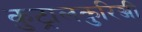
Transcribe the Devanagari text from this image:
कुट्रालकुरिञ्जी